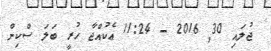
ޖުލައި 30